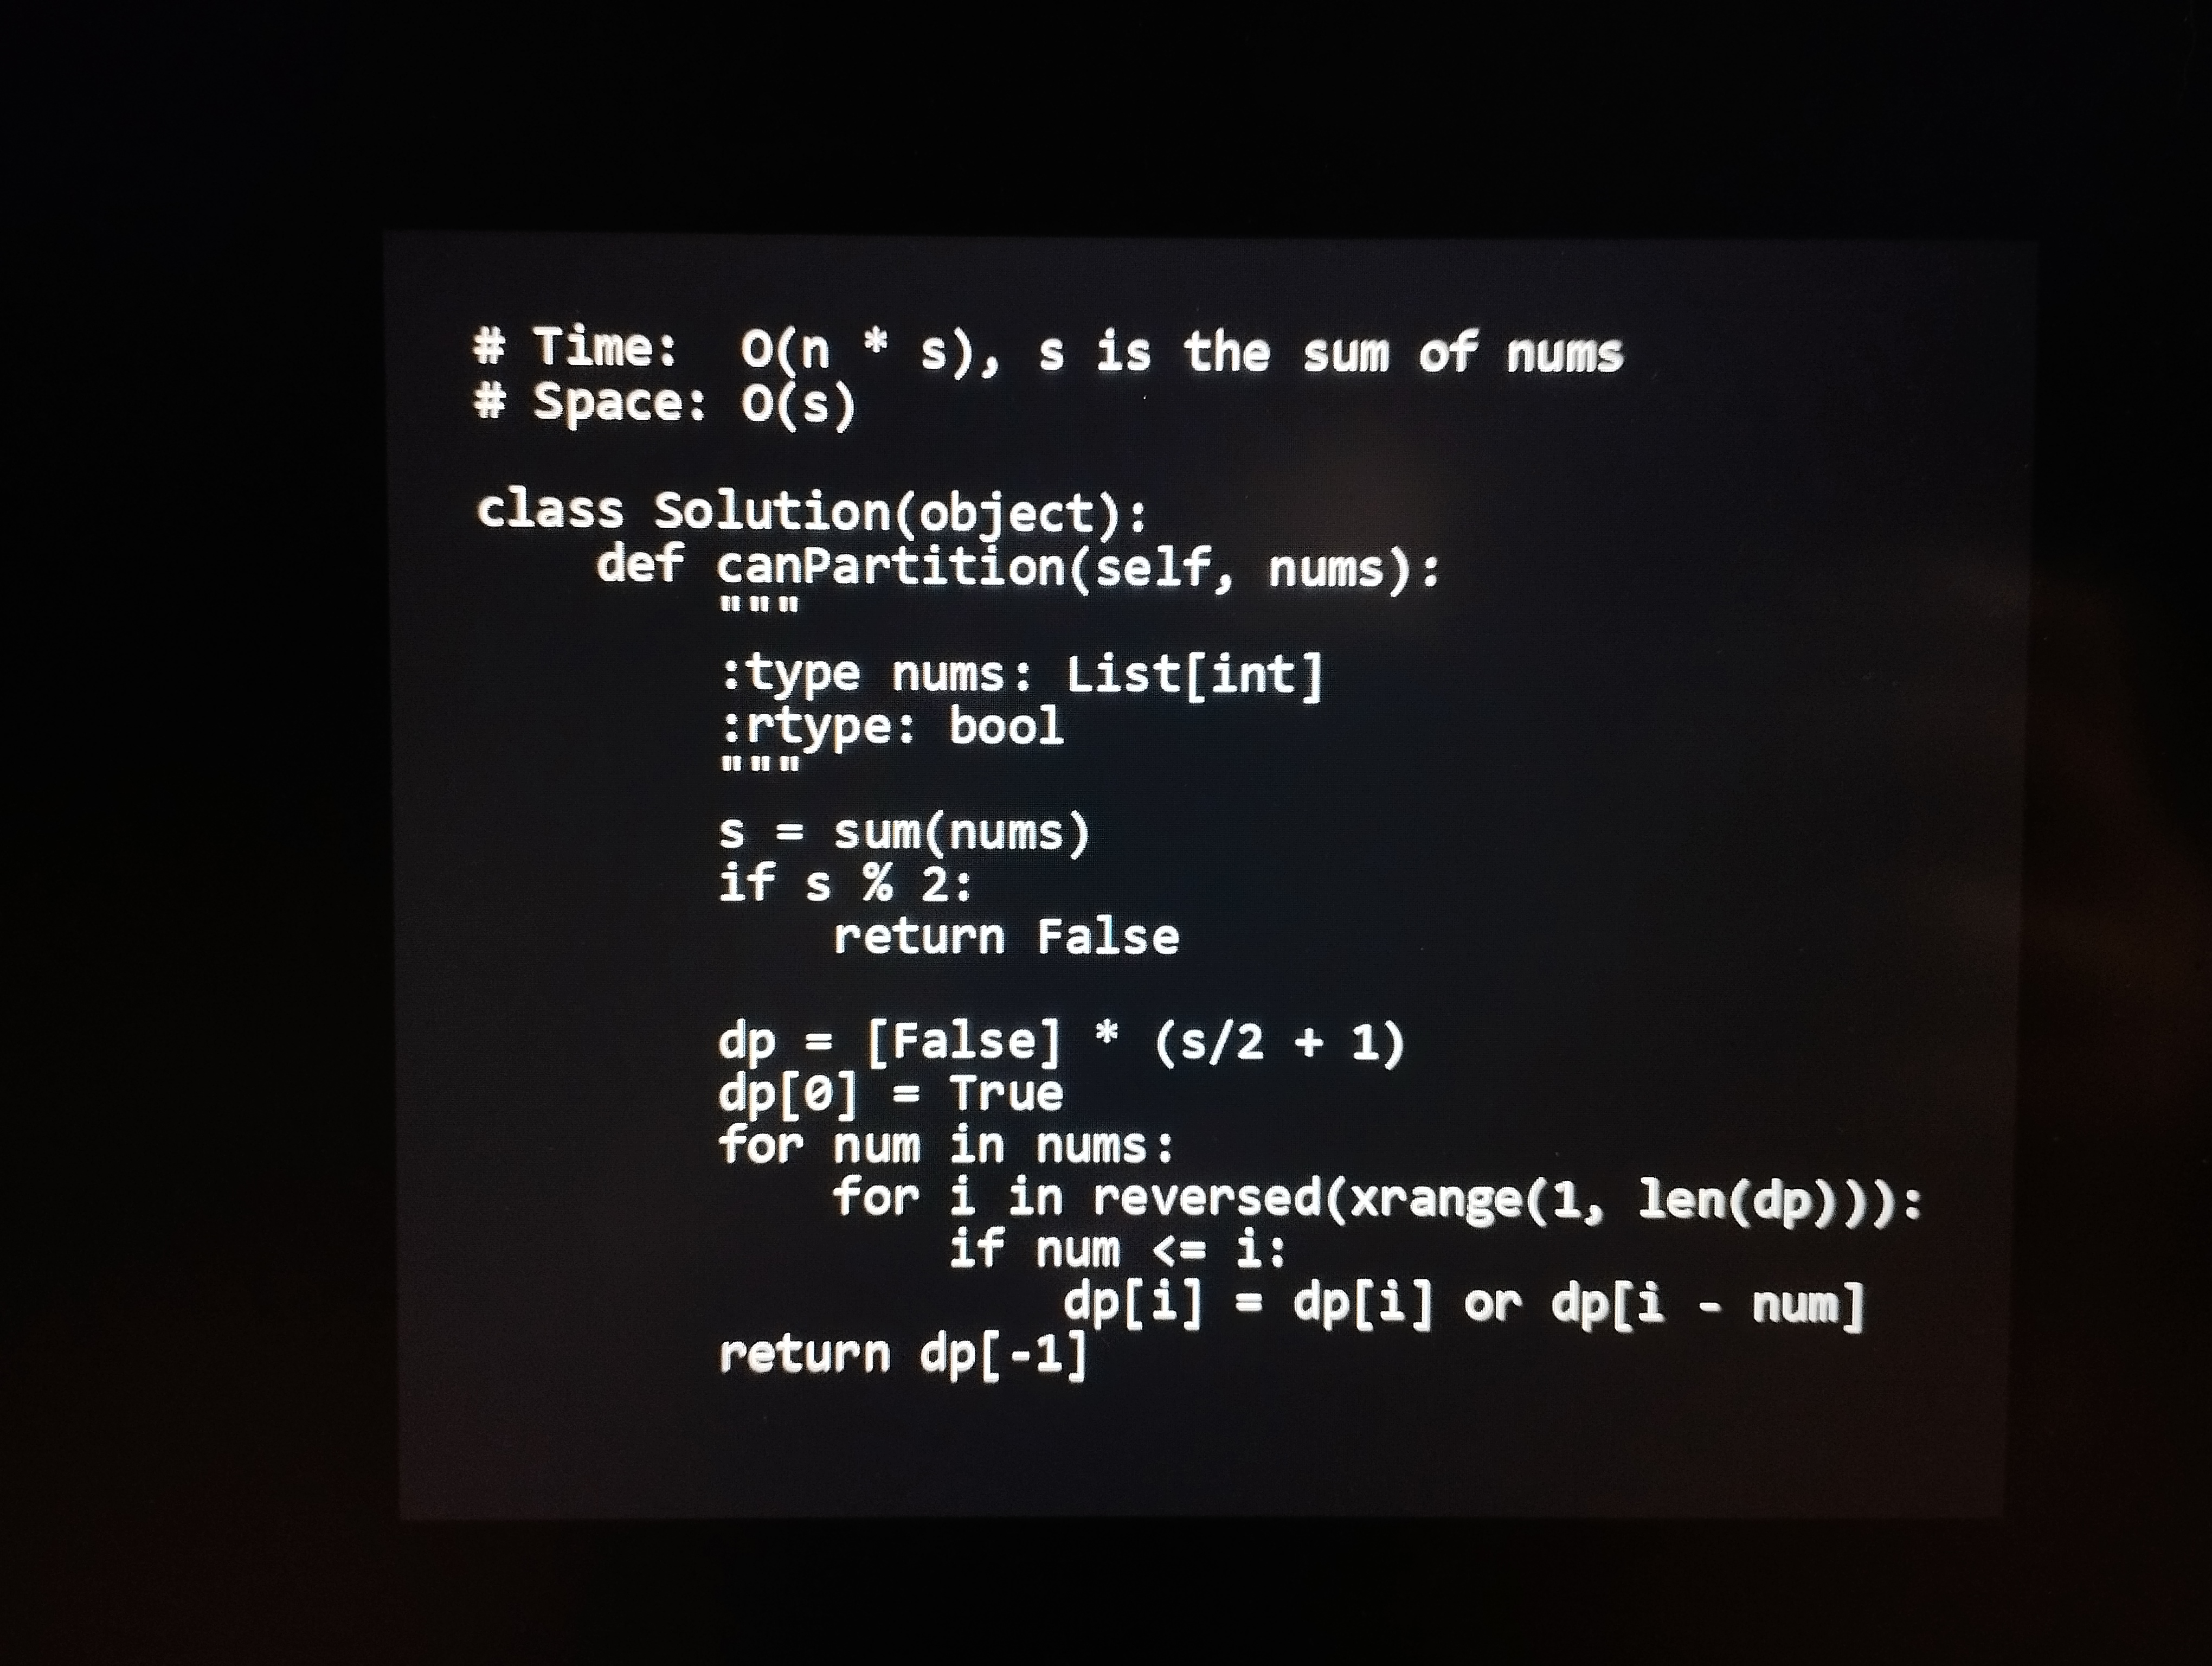
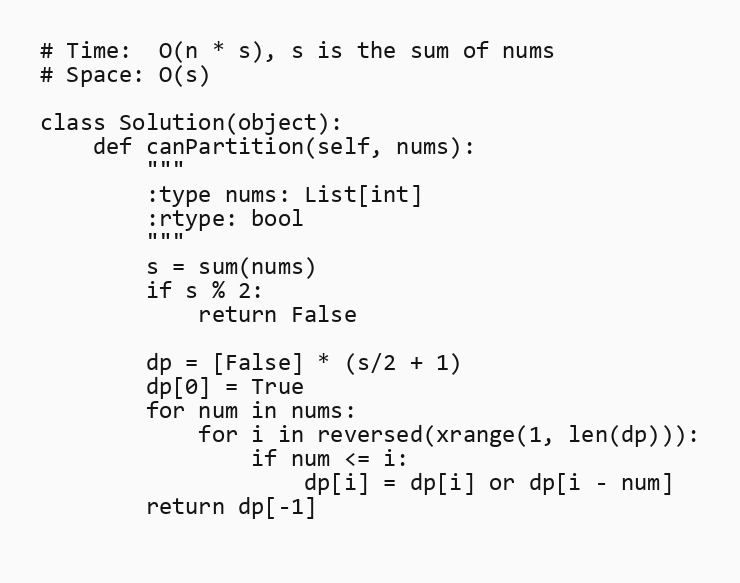
# Time:  O(n * s), s is the sum of nums
# Space: O(s)

class Solution(object):
    def canPartition(self, nums):
        """
        :type nums: List[int]
        :rtype: bool
        """
        s = sum(nums)
        if s % 2:
            return False

        dp = [False] * (s/2 + 1)
        dp[0] = True
        for num in nums:
            for i in reversed(xrange(1, len(dp))):
                if num <= i:
                    dp[i] = dp[i] or dp[i - num]
        return dp[-1]